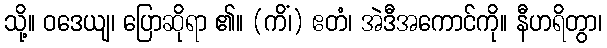
သို့။ ဝဒေယျ၊ ပြောဆိုရာ ၏။ (ကိံ၊) ဧတံ၊ အဲဒီအကောင်ကို။ နီဟရိတွာ၊